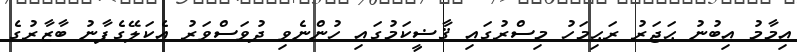
އިމާމު އިބުނު ޙަޖަރު ރަޙިމަހު މިސްރުގައި ޤާޟީކަމުގައި ހުންނެވި ދުވަސްވަރު އެކަލޭގެފާނު ބާޒާރުގެ